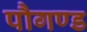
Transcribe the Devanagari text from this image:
पौगण्ड